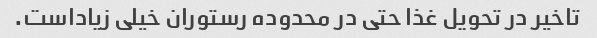
تاخیر در تحویل غذا حتی در محدوده رستوران خیلی زیاداست.